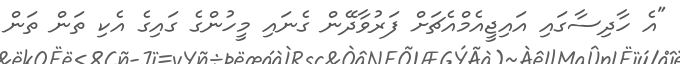
"އެ ހާދިސާގައި އައިޖީއެމްއެޗަށް ފަރުވާދޭން ގެނައި މީހުންގެ ގައިގެ އެކި ތަން ތަން